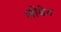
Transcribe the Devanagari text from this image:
लीबेन